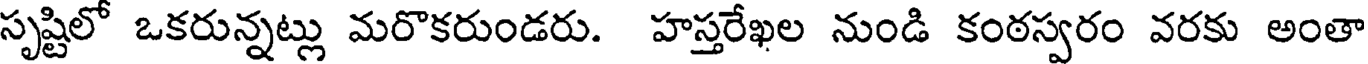
సృష్టిలో ఒకరున్నట్లు మరొకరుండరు. హస్తరేఖల నుండి కంఠస్వరం వరకు అంతా